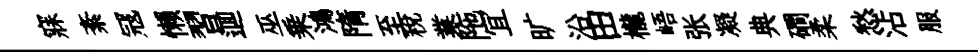
寐紊冦懶習逥巫乗鴻隋至税業陁冝旷沿田櫳峿张凝典磵柔愁沾服